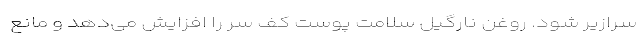
سرازیر شود. روغن نارگیل سلامت پوست کف سر را افزایش می­دهد و مانع